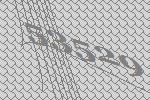
53529